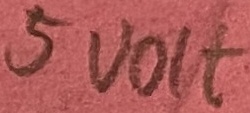
Text: 5 volt